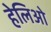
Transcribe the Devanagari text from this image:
हेलिओ